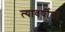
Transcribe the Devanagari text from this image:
त्यावर्षीचा